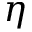
\eta